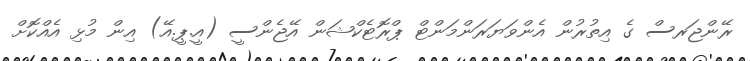
ރޭންޖަރސް ގެ އިތުރުން އެންވަޔަރަންމަންޓް ޕްރޮޓެކްޝަން އޭޖެންސީ (އީ.ޕީ.އޭ) އިން މުޅި އެއްކޮށް